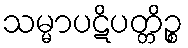
သမ္မာပဋိပတ္တိဉ္စ